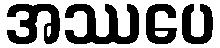
အဿပေ